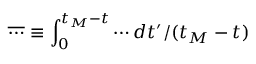
\overline { { \cdots } } \equiv \int _ { 0 } ^ { t _ { M } - t } \cdots d t ^ { \prime } / ( t _ { M } - t )